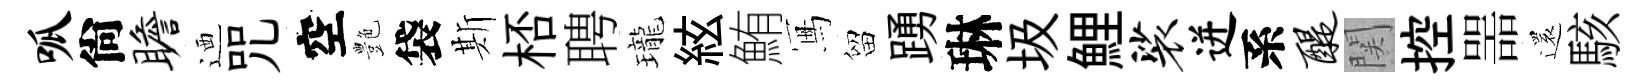
呱尙瞻迺咒空艶袋斯桮聘瓏絃鮪冩留踴琳圾鯉裟迸系醍関控噐還駭